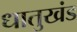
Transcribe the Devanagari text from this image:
धातुखंड